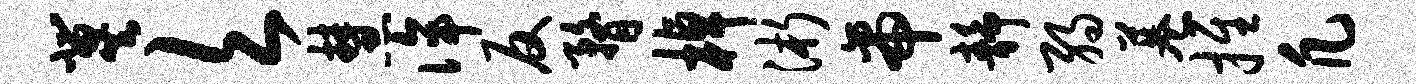
冀欠慧侔反瞀棹浙帝静弱巷推凡